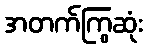
အတက်ကြွဆုံး